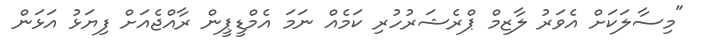
"މިސާލަކަށް އެވަރު ލާޒިމް ޕްރެޝަރުހުރި ކަމެއް ނަމަ އެމްޑީޕީން ރާއްޖެއަށް ފިޔަަޅު އަޅަން